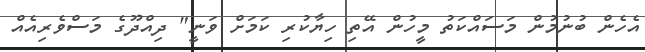
އެހެން ބުނުމުން މަސައްކަތު މީހުން އޭތި ހިޔާކުރި ކަމަށް ވަނީ" ދިއްދޫގެ މަސްވެރިއެއް